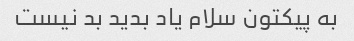
به پیکتون سلام یاد بدید بد نیست